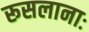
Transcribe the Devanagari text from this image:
रूसलानाः